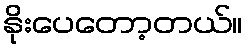
နိုးပေတော့တယ်။